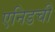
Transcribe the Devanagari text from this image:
एनिडची